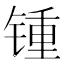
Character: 锺